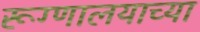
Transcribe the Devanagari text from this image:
रूग्णालयाच्या